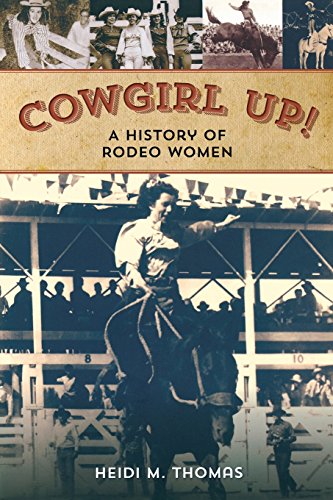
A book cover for Cowgirl Up!: A History of Rodeo Women; Heidi Thomas; Sports & Outdoors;